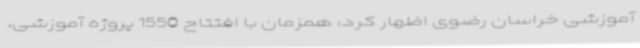
آموزشی خراسان رضوی اظهار کرد: همزمان با افتتاح 1550 پروژه آموزشی،